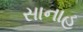
સાનાહ